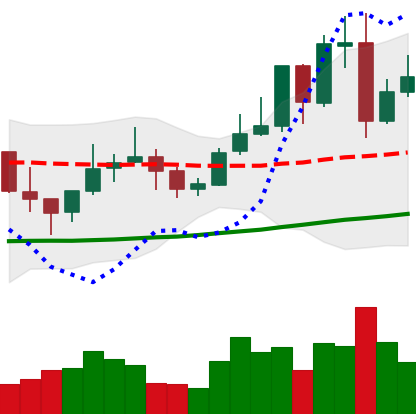
Ticker: LINK-USD
Chart end date: 2021-10-29
Forward return: 3.414%
Label: up_3_5